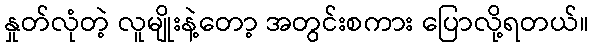
နှုတ်လုံတဲ့ လူမျိုးနဲ့တော့ အတွင်းစကား ပြောလို့ရတယ်။